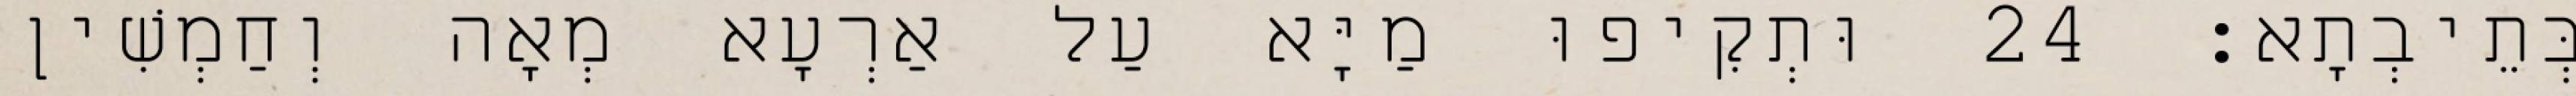
בְּתֵיבְתָא׃ 24 וּתְקִיפוּ מַיָּא עַל אַרְעָא מְאָה וְחַמְשִׁין